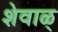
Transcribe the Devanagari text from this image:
शेवाळ्